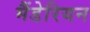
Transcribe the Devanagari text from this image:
मैंडेरियन